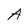
Character: A